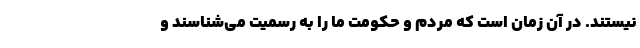
نیستند. در آن زمان است که مردم و حکومت ما را به رسمیت می‌شناسند و